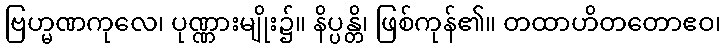
ဗြဟ္မဏကုလေ၊ ပုဏ္ဏားမျိုး၌။ နိပ္ပန္တိ၊ ဖြစ်ကုန်၏။ တထာဟိတတောဧဝ၊